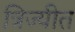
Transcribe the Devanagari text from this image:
त्रिज्यीत